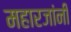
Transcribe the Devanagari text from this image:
महारजांनी